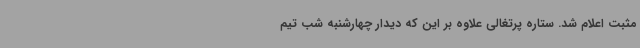
مثبت اعلام شد. ستاره پرتغالی علاوه بر این که دیدار چهارشنبه شب تیم